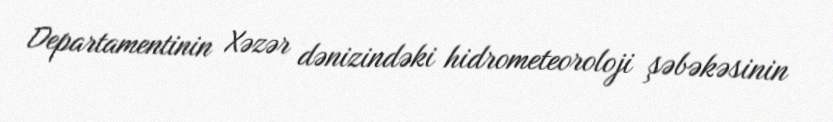
Departamentinin Xəzər dənizindəki hidrometeoroloji şəbəkəsinin